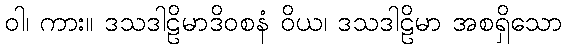
ဝါ၊ ကား။ ဒသဒါဠိမာဒိဝစနံ ဝိယ၊ ဒသဒါဠိမာ အစရှိသော